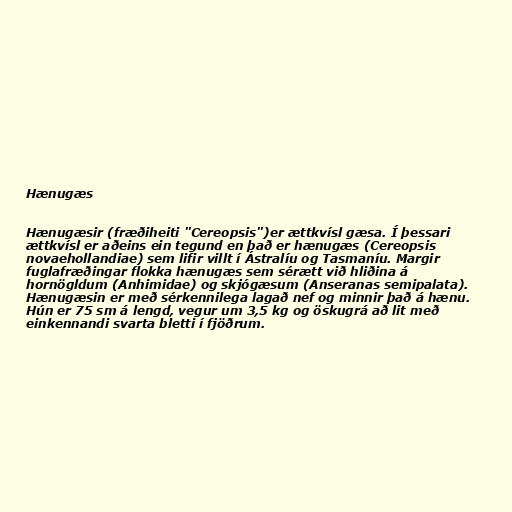
Hænugæs

Hænugæsir (fræðiheiti "Cereopsis")er ættkvísl gæsa. Í þessari
ættkvísl er aðeins ein tegund en það er hænugæs (Cereopsis
novaehollandiae) sem lifir villt í Ástralíu og Tasmaníu. Margir
fuglafræðingar flokka hænugæs sem sérætt við hliðina á
hornögldum (Anhimidae) og skjógæsum (Anseranas semipalata).
Hænugæsin er með sérkennilega lagað nef og minnir það á hænu.
Hún er 75 sm á lengd, vegur um 3,5 kg og öskugrá að lit með
einkennandi svarta bletti í fjöðrum.